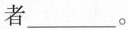
者___。